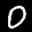
Label: 0